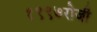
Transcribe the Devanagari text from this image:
१९९७रोजी